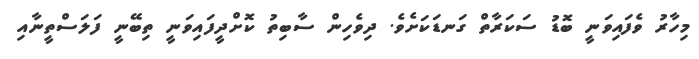
މިހާރު ވެފައިވަނީ ބޮޑު ސަކަރާތް ގަނޑަކަށެވެ. ދިވެހިން ސާބިތު ކޮށްދީފައިވަނީ ތިބޭނީ ފަލަސްތީނާއި